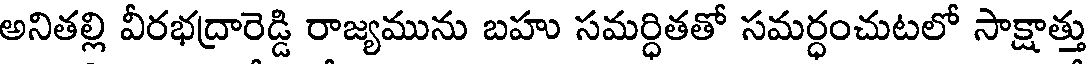
అనితల్లి వీరభద్రారెడ్డి రాజ్యమును బహు సమర్ధితతో సమర్ధంచుటలో సాక్షాత్తు